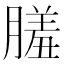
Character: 𦟤